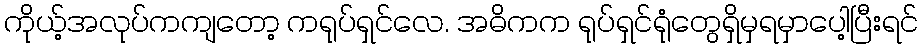
ကိုယ့်အလုပ်ကကျတော့ ကရုပ်ရှင်လေ. အဓိကက ရုပ်ရှင်ရုံတွေရှိမှရမှာပေါ့ပြီးရင်